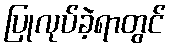
ပြုလုပ်ခဲ့ရာတွင်